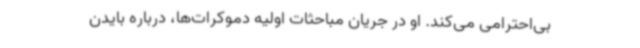
بی‌احترامی می‌کند. او در جریان مباحثات اولیه دموکرات‌ها، درباره بایدن